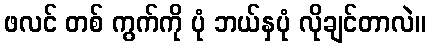
ဖလင် တစ် ကွက်ကို ပုံ ဘယ်နှပုံ လိုချင်တာလဲ။